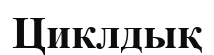
Циклдық